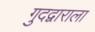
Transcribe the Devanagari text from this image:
गुदद्वाराला